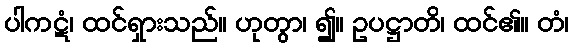
ပါကဋံ၊ ထင်ရှားသည်။ ဟုတွာ၊ ၍။ ဥပဋ္ဌာတိ၊ ထင်၏။ တံ၊